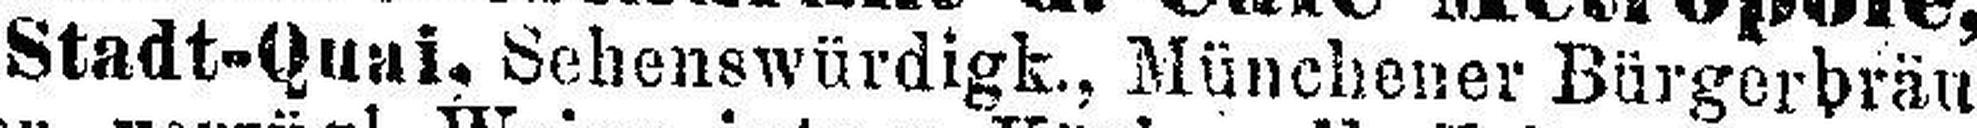
Stadt-Quai, Sebenswürdigk., Münchener Bürgerbräu